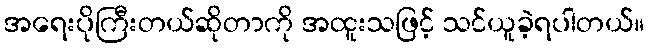
အရေးပိုကြီးတယ်ဆိုတာကို အထူးသဖြင့် သင်ယူခဲ့ရပါတယ်။